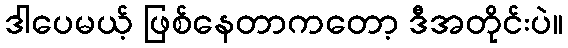
ဒါပေမယ့် ဖြစ်နေတာကတော့ ဒီအတိုင်းပဲ။